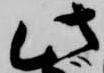
此